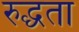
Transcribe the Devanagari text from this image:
रुद्धता